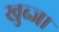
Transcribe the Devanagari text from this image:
खुब्जा